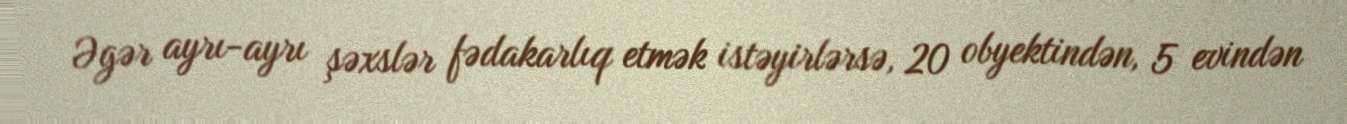
Əgər ayrı-ayrı şəxslər fədakarlıq etmək istəyirlərsə, 20 obyektindən, 5 evindən